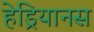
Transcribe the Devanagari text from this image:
हेड्रियानस